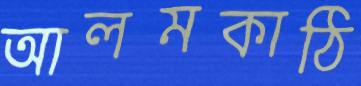
আলমকাঠি